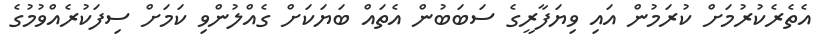
އެތެރެކުރުމަށް ކުރަމުން އައި ވިޔަފާރީގެ ސަބަބުން އެތައް ބަޔަކަށް ގެއްލުންވި ކަމަށް ސިފަކުރެއްވުމުގެ